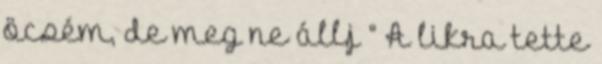
öcsém, de meg ne állj ” A likra tette